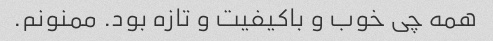
همه چی خوب و باکیفیت و تازه بود. ممنونم.